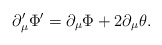
\begin{align*}\partial _{\mu }^{\prime }\Phi ^{\prime }=\partial _{\mu }\Phi +2\partial_{\mu }\theta . \end{align*}